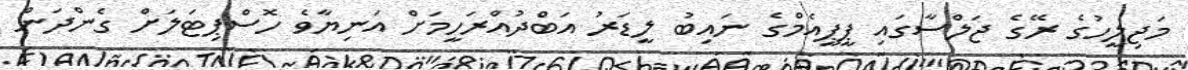
މަޖިލީހުގެ ރޭގެ ޖަލްސާގައި ޕީޕީއެމްގެ ނައިބު ލީޑަރު އަބްދުއްރަހީމަށް އަނިޔާވެ ހޮސްޕިޓަލަށް ގެންދަން